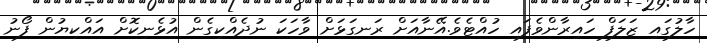
ހާލުގައި ޒަލަފް ހައިރާންވެފައި ހުއްޓެވެ.އޭނާއަށް ރަނގަޅަށް ވާހަކަ ނުދެއްކިގެން އުޅެނިކޮށް އައްކިޔުން ފޯނު